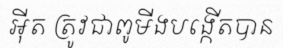
អ៊ីត ត្រូវជាពូមីងបង្កើតបាន